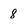
Character: 8